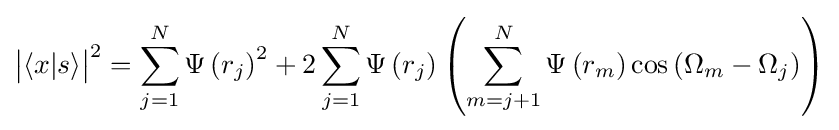
{\big |}\langle x|s\rangle {\big |}^{2}=\sum _{j=1}^{N}\Psi \left(r_{j}\right)^{2}+2\sum _{j=1}^{N}\Psi \left(r_{j}\right)\left(\sum _{m=j+1}^{N}\Psi \left(r_{m}\right)\cos \left(\Omega _{m}-\Omega _{j}\right)\right)